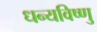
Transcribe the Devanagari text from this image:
धन्यविष्णु